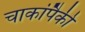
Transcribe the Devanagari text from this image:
चाकांपैकी